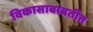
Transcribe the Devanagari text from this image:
विकासाबाबतीत